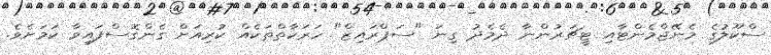
ސްކޫލުގެ މެނޭޖްމެންޓާއި ޓީޗަރުންނާ ދެމެދު ގިނަ "ސަޕްރައިޒް" ހަރަކާތްތަކެއް ކުރިއަށް ގެންގޮސްފައިވާ ކަމަށެވެ.